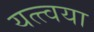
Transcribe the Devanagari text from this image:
यत्त्वया